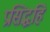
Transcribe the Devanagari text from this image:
प्रसिद्धहि